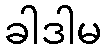
ခါဒါမ